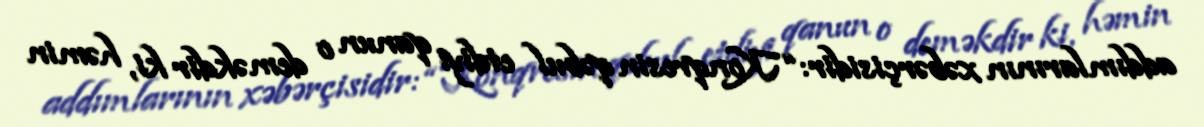
addımlarının xəbərçisidir: “Konqresin qəbul etdiyi qanun o deməkdir ki, həmin